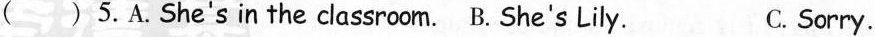
( )5.A.She's in the classroom. B. She's Lily. C.Sorry.